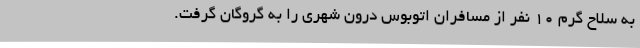
به سلاح گرم 10 نفر از مسافران اتوبوس درون شهری را به گروگان گرفت.